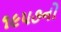
૧૯૫૭નો